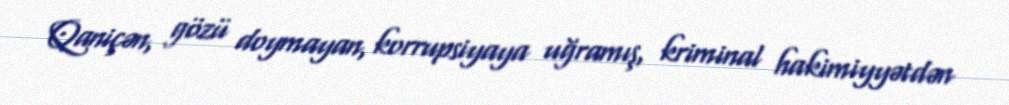
Qaniçən, gözü doymayan, korrupsiyaya uğramış, kriminal hakimiyyətdən